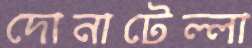
দোনাটেল্লা